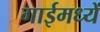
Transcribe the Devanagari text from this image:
गाईमध्यें